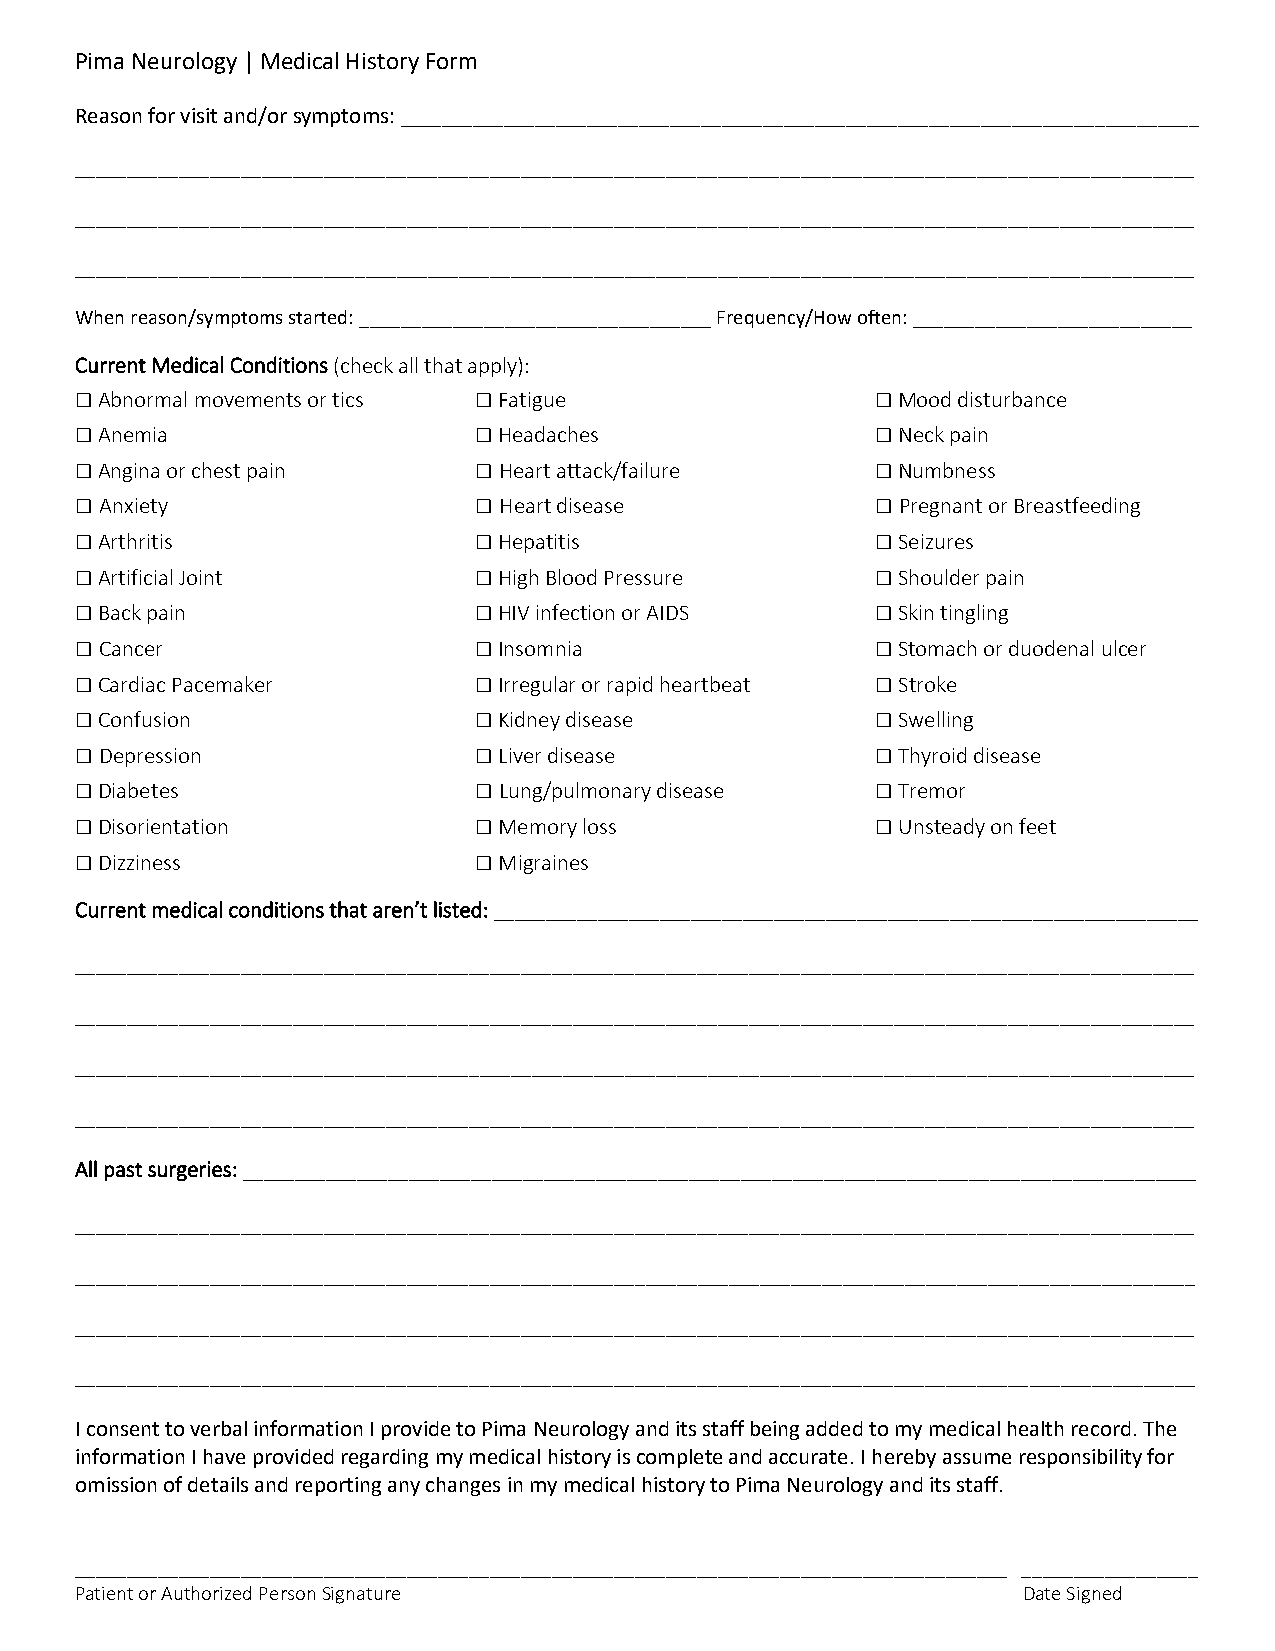
Pima Neurology | Medical History Form
 Reason for visit and/or symptoms: _____________________________________________________________________________
 ____________________________________________________________________________________________________________
 ____________________________________________________________________________________________________________
 ____________________________________________________________________________________________________________
 When reason/symptoms started: __________________________________ Frequency/How often: ___________________________
 Current Medical Conditions (check all that apply):
 □ Abnormal movements or tics □ Fatigue               □ Mood disturbance
 □ Anemia                  □ Headaches                □ Neck pain
 □ Angina or chest pain    □ Heart attack/failure     □ Numbness
 □ Anxiety                 □ Heart disease            □ Pregnant or Breastfeeding
 □ Arthritis               □ Hepatitis                □ Seizures
 □ Artificial Joint        □ High Blood Pressure      □ Shoulder pain
 □ Back pain               □ HIV infection or AIDS    □ Skin tingling
 □ Cancer                  □ Insomnia                 □ Stomach or duodenal ulcer
 □ Cardiac Pacemaker       □ Irregular or rapid heartbeat □ Stroke
 □ Confusion               □ Kidney disease           □ Swelling
 □ Depression              □ Liver disease            □ Thyroid disease
 □ Diabetes                □ Lung/pulmonary disease   □ Tremor
 □ Disorientation          □ Memory loss              □ Unsteady on feet
 □ Dizziness               □ Migraines
 Current medical conditions that aren’t listed: ____________________________________________________________________
 ____________________________________________________________________________________________________________
 ____________________________________________________________________________________________________________
 ____________________________________________________________________________________________________________
 ____________________________________________________________________________________________________________
 All past surgeries: ____________________________________________________________________________________________
 ____________________________________________________________________________________________________________
 ____________________________________________________________________________________________________________
 ____________________________________________________________________________________________________________
 ____________________________________________________________________________________________________________
 I consent to verbal information I provide to Pima Neurology and its staff being added to my medical health record. The
 information I have provided regarding my medical history is complete and accurate. I hereby assume responsibility for
 omission of details and reporting any changes in my medical history to Pima Neurology and its staff.
 __________________________________________________________________________________________ _________________
 Patient or Authorized Person Signature                         Date Signed